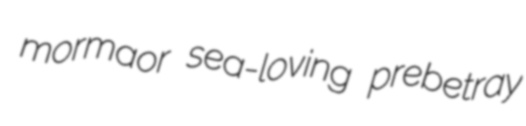
mormaor sea-loving prebetray